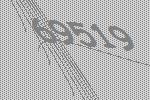
69519